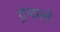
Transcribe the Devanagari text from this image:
दृष्यले